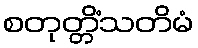
စတုတ္တိံသတိမံ